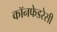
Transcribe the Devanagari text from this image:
कॉनफेडरेसी